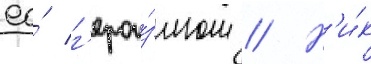
ео́ г'ерои́змом // Н'и́к